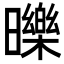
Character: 𣋵